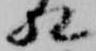
相